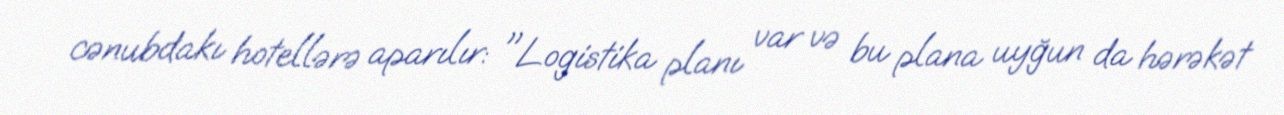
cənubdakı hotellərə aparılır: "Logistika planı var və bu plana uyğun da hərəkət